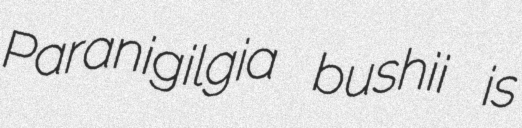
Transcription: Paranigilgia bushii is